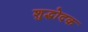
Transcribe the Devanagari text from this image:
शुद्धोदक